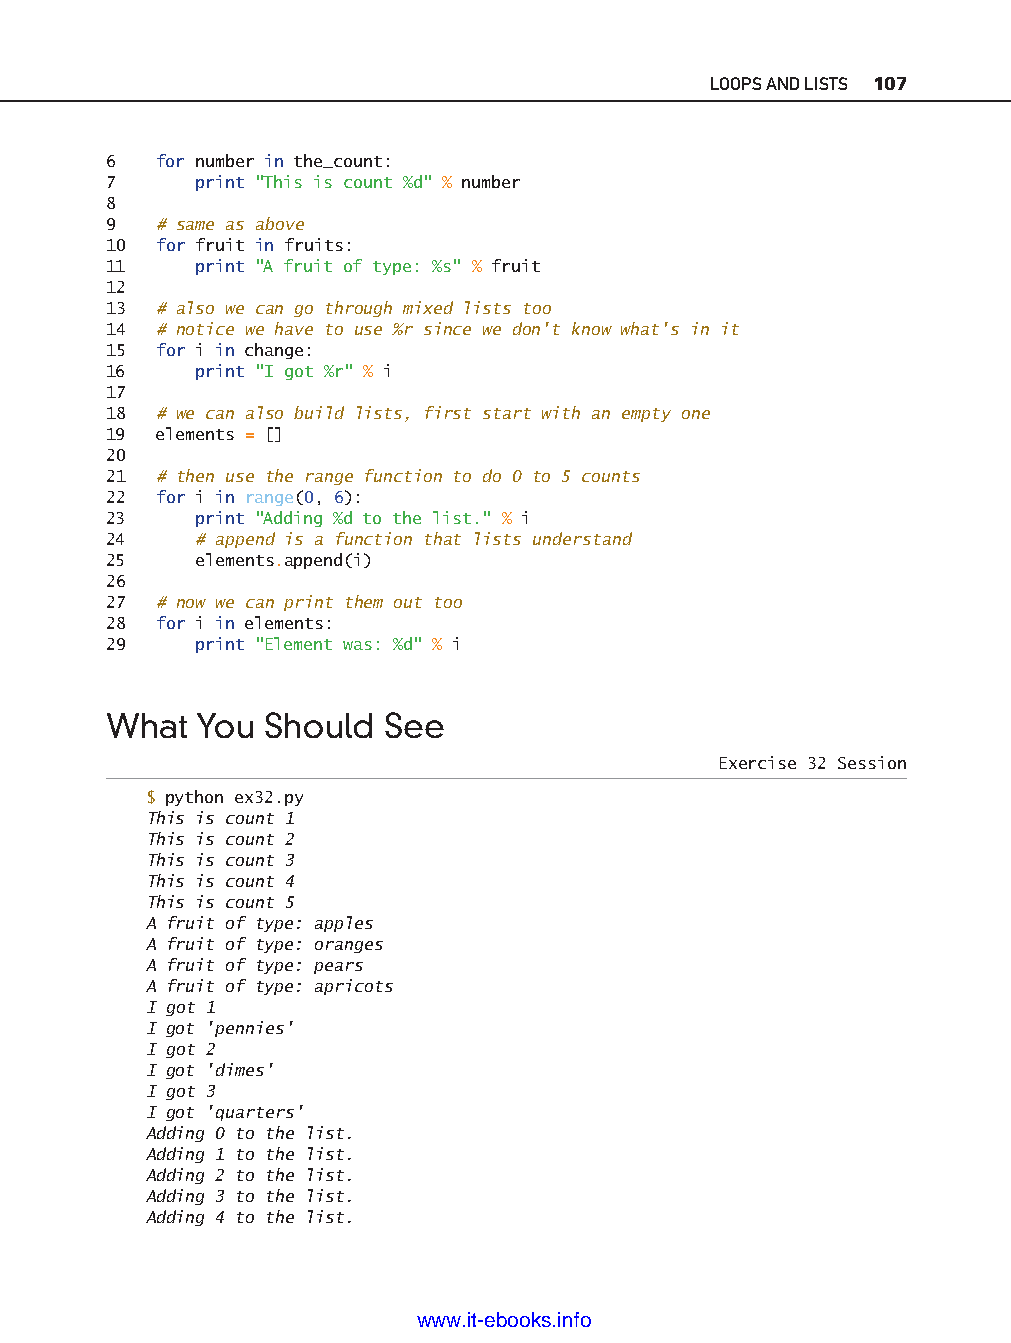
LOOPS AND LISTS 107
 6   for number in the_count:
 7     print "This is count %d" % number
 8
 9   # same as above
 10  for fruit in fruits:
 11    print "A fruit of type: %s" % fruit
 12
 13  # also we can go through mixed lists too
 14  # notice we have to use %r since we don't know what's in it
 15  for i in change:
 16    print "I got %r" % i
 17
 18  # we can also build lists, first start with an empty one
 19  elements = []
 20
 21  # then use the range function to do 0 to 5 counts
 22  for i in range(0, 6):
 23    print "Adding %d to the list." % i
 24    # append is a function that lists understand
 25    elements.append(i)
 26
 27  # now we can print them out too
 28  for i in elements:
 29    print "Element was: %d" % i
 ptg11539604
 What  You  Should  See
 Exercise 32 Session
 $ python ex32.py
 This is count 1
 This is count 2
 This is count 3
 This is count 4
 This is count 5
 A fruit of type: apples
 A fruit of type: oranges
 A fruit of type: pears
 A fruit of type: apricots
 I got 1
 I got 'pennies'
 I got 2
 I got 'dimes'
 I got 3
 I got 'quarters'
 Adding 0 to the list.
 Adding 1 to the list.
 Adding 2 to the list.
 Adding 3 to the list.
 Adding 4 to the list.
 www.it-ebooks.info